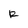
Character: R